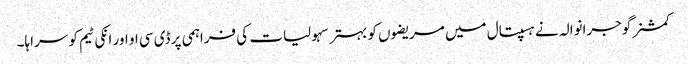
کمشنر گوجرانوالہ نے ہسپتال میں مریضوں کو بہتر سہولیات کی فراہمی پر ڈی سی او اور انکی ٹیم کو سراہا۔